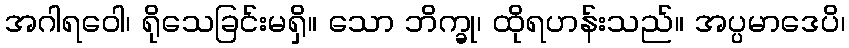
အဂါရဝေါ၊ ရိုသေခြင်းမရှိ။ သော ဘိက္ခု၊ ထိုရဟန်းသည်။ အပ္ပမာဒေပိ၊